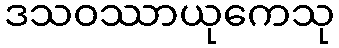
ဒသဝဿာယုကေသု